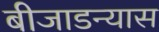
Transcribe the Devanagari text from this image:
बीजाडन्यास